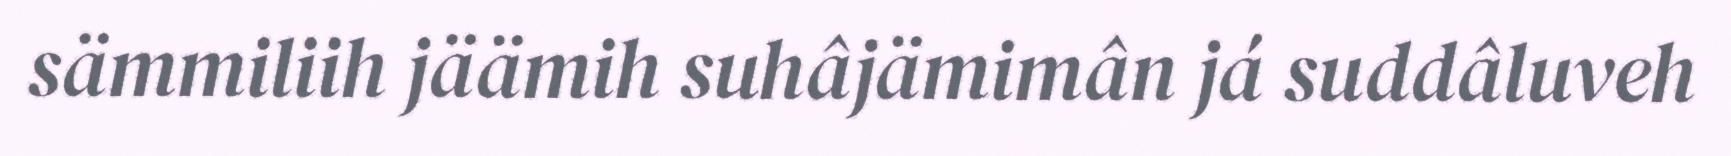
sämmiliih jäämih suhâjämimân já suddâluveh